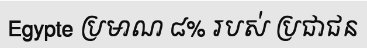
Egypte ប្រមាណ ៨% របស់ ប្រជាជន